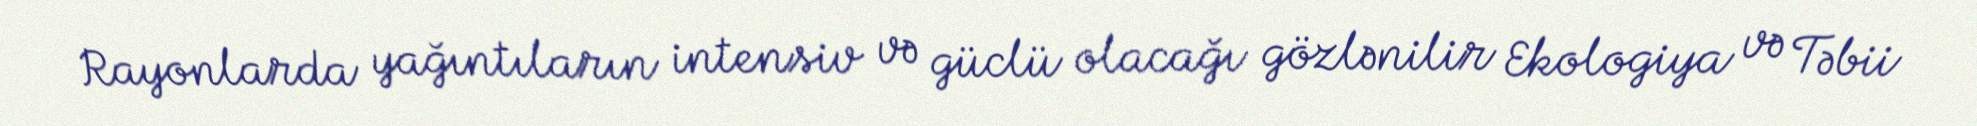
Rayonlarda yağıntıların intensiv və güclü olacağı gözlənilir Ekologiya və Təbii